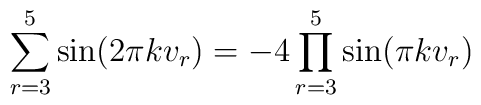
\sum_{r=3}^{5} \sin(2 \pi k v_r) = -4 \prod_{r=3}^{5} \sin(\pi k v_r)